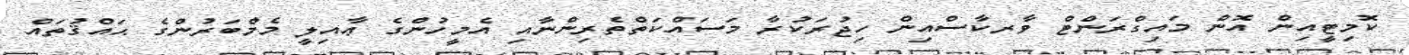
ކޮމިޓީއިން އޮން މައިގްރަންޓް ވާރކާސްއިން ހިޖުރަކުރާ މަސައްކަތްތެރިންނާއި އެމީހުންގެ ޢާއިލީ މެމްބަރުންގެ ޙައްޤުތައް